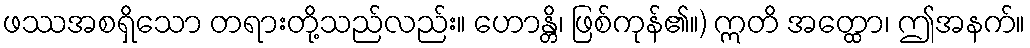
ဖဿအစရှိသော တရားတို့သည်လည်း။ ဟောန္တိ၊ ဖြစ်ကုန်၏။) ဣတိ အတ္ထော၊ ဤအနက်။